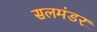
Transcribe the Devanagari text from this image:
सलमंडर